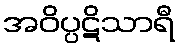
အဝိပ္ပဋိသာရီ